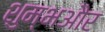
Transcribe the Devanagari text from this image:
शुम्भऔर